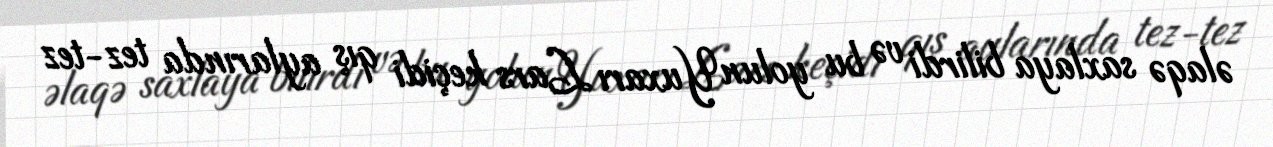
əlaqə saxlaya bilirdi və bu yolun Yuxarı Lars keçidi qış aylarında tez-tez